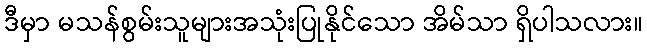
ဒီမှာ မသန်စွမ်းသူများအသုံးပြုနိုင်သော အိမ်သာ ရှိပါသလား။